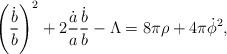
LaTeX: \begin{align*} \left(\dfrac{\dot{b}}{b}\right)^2+2\dfrac{\dot{a}}{a}\dfrac{\dot{b}}{b}-\Lambda=8\pi\rho+4\pi\dot{\phi}^2,\end{align*}